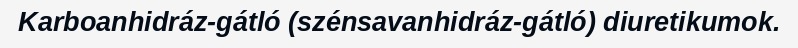
Karboanhidráz-gátló (szénsavanhidráz-gátló) diuretikumok.